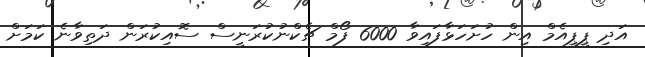
އަދި ޕީޕީއެމް އިން ހުށަހަޅާފައިވާ 6000 ފޯމް ޗެކްނުކުރަނީސް ސޮއިކުރަން ދަތިވާނެ ކަމަށް